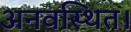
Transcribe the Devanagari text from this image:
अनवस्थित।